Annual administration and progress report of the Indian Medical Department, Bombay
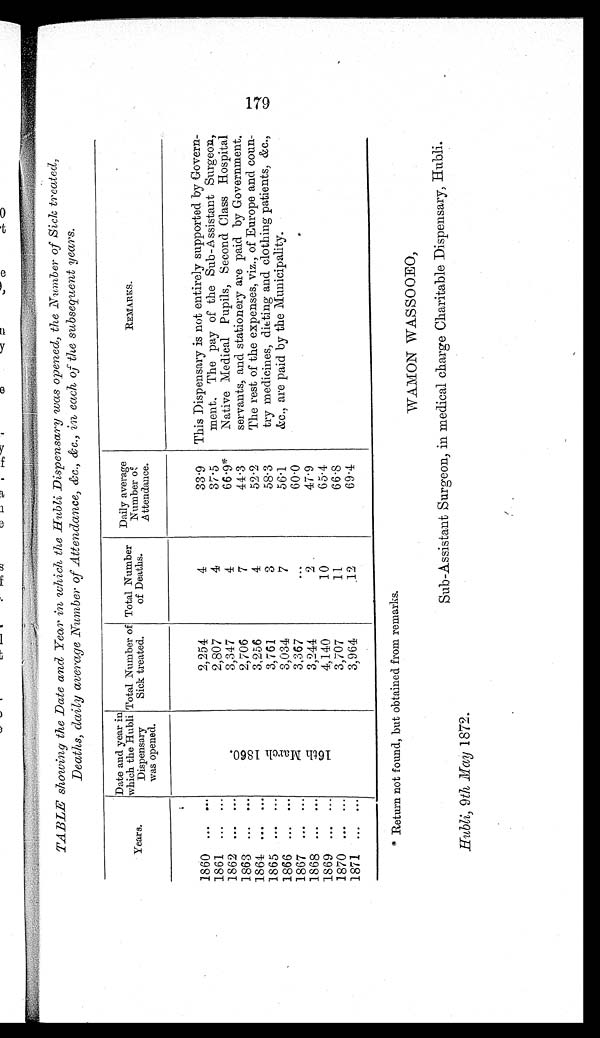
TABLE showing the Date and Year in which the Hubli Dispensary was opened, the Number of Sick treated,
Deaths, daily average Number of Attendance, &c., &c., in each, of the subsequent years.
Years
Date and year in
which the Hubli
Dispensary
was opened.
Total Number of
Sick treated.
Total Number
of Deaths.
Daily average
Number of
Attendance.
REMARKS.
1860 ...
. . .
1 6 t h M a r c h 1 8 6 0 .
2,254
4
33.9 This Dispensary is not entirely supported by Govern-
ment. The pay of the Sub-Assistant Surgeon,
Native Medical Pupils, Second Class Hospital
179
servants, and stationery are paid by Government.
The rest of the expenses, viz., of Europe and coun-
try medicines, dieting and clothing patients, &c.,
&c., are paid by the Municipality.
1861 ... ...
2,807
4
37.5
1862 ... ...
3,347
4
66.9*
1863 ... ...
2,706
7
44.3
1864 ... ...
3,256
4
52.2
1865 ...
. . .
3,761
3
58.3
1866 ...
. . .
3,034
7
56.1
1867 ...
. . .
3,367
...
60.0
1868 ...
. . .
3,244
2
47.9
1869 ...
. . .
4,140
10
65.4
1870 ... ...
3,707
11
66.8
1871 ... ...
3,964
12
69.4
* Return not found, but obtained from remarks.
WAMON WASSOOEO,
Sub-Assistant Surgeon, in medical charge Charitable Dispensary, Hubli.
Hubli, 9 th May 1872.